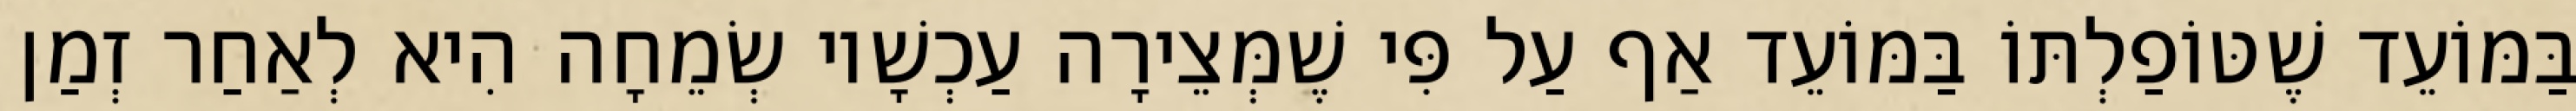
בַּמּוֹעֵד שֶׁטּוֹפַלְתּוֹ בַּמּוֹעֵד אַף עַל פִּי שֶׁמְּצֵירָה עַכְשָׁיו שְׂמֵחָה הִיא לְאַחַר זְמַן